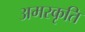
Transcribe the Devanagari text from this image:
अमरकृति